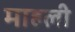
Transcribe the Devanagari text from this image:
माहली